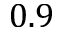
0 . 9